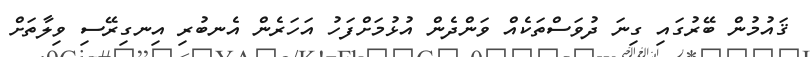
ޤައުމުން ބޭރުގައި ގިނަ ދުވަސްތަކެއް ވަންދެން އުޅުމަށްފަހު އަހަރެން އެނބުރި އިނގިރޭސި ވިލާތަށް